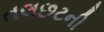
તલછટની